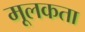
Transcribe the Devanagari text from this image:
मूलकता